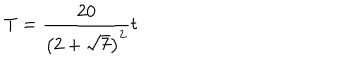
T = { \frac { 2 0 } { \left( 2 + \sqrt { 7 } \right) ^ { 2 } } } t